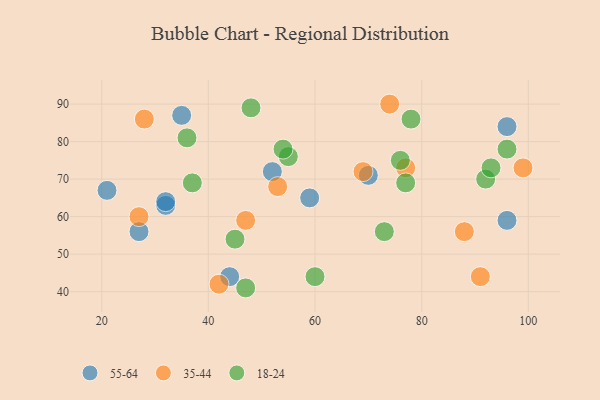
{"axis": {"x": "GDP", "y": "Life Expectancy"}, "legend": ["18-24", "35-44", "55-64"], "data": [{"x": "44", "y": 44, "type": "55-64"}, {"x": "96", "y": 59, "type": "55-64"}, {"x": "32", "y": 63, "type": "55-64"}, {"x": "32", "y": 64, "type": "55-64"}, {"x": "27", "y": 56, "type": "55-64"}, {"x": "35", "y": 87, "type": "55-64"}, {"x": "52", "y": 72, "type": "55-64"}, {"x": "59", "y": 65, "type": "55-64"}, {"x": "70", "y": 71, "type": "55-64"}, {"x": "96", "y": 84, "type": "55-64"}, {"x": "21", "y": 67, "type": "55-64"}, {"x": "88", "y": 56, "type": "35-44"}, {"x": "99", "y": 73, "type": "35-44"}, {"x": "27", "y": 60, "type": "35-44"}, {"x": "47", "y": 59, "type": "35-44"}, {"x": "53", "y": 68, "type": "35-44"}, {"x": "91", "y": 44, "type": "35-44"}, {"x": "74", "y": 90, "type": "35-44"}, {"x": "42", "y": 42, "type": "35-44"}, {"x": "28", "y": 86, "type": "35-44"}, {"x": "69", "y": 72, "type": "35-44"}, {"x": "77", "y": 73, "type": "35-44"}, {"x": "55", "y": 76, "type": "18-24"}, {"x": "76", "y": 75, "type": "18-24"}, {"x": "78", "y": 86, "type": "18-24"}, {"x": "60", "y": 44, "type": "18-24"}, {"x": "45", "y": 54, "type": "18-24"}, {"x": "96", "y": 78, "type": "18-24"}, {"x": "73", "y": 56, "type": "18-24"}, {"x": "77", "y": 69, "type": "18-24"}, {"x": "92", "y": 70, "type": "18-24"}, {"x": "93", "y": 73, "type": "18-24"}, {"x": "48", "y": 89, "type": "18-24"}, {"x": "36", "y": 81, "type": "18-24"}, {"x": "54", "y": 78, "type": "18-24"}, {"x": "37", "y": 69, "type": "18-24"}, {"x": "47", "y": 41, "type": "18-24"}]}